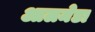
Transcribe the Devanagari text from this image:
आलमेडा